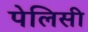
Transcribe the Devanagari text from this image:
पेलिसी